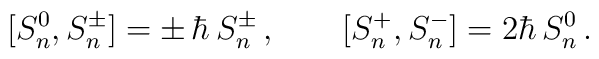
[S_n^0,S_n^\pm]=\pm\,\hbar\, S_n^\pm\,, \qquad [S_n^+,S_n^-]=2\hbar\, S_n^0\,.